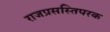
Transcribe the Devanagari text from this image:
राजप्रसस्तिपरक